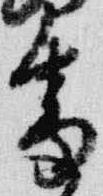
番